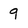
Character: 9